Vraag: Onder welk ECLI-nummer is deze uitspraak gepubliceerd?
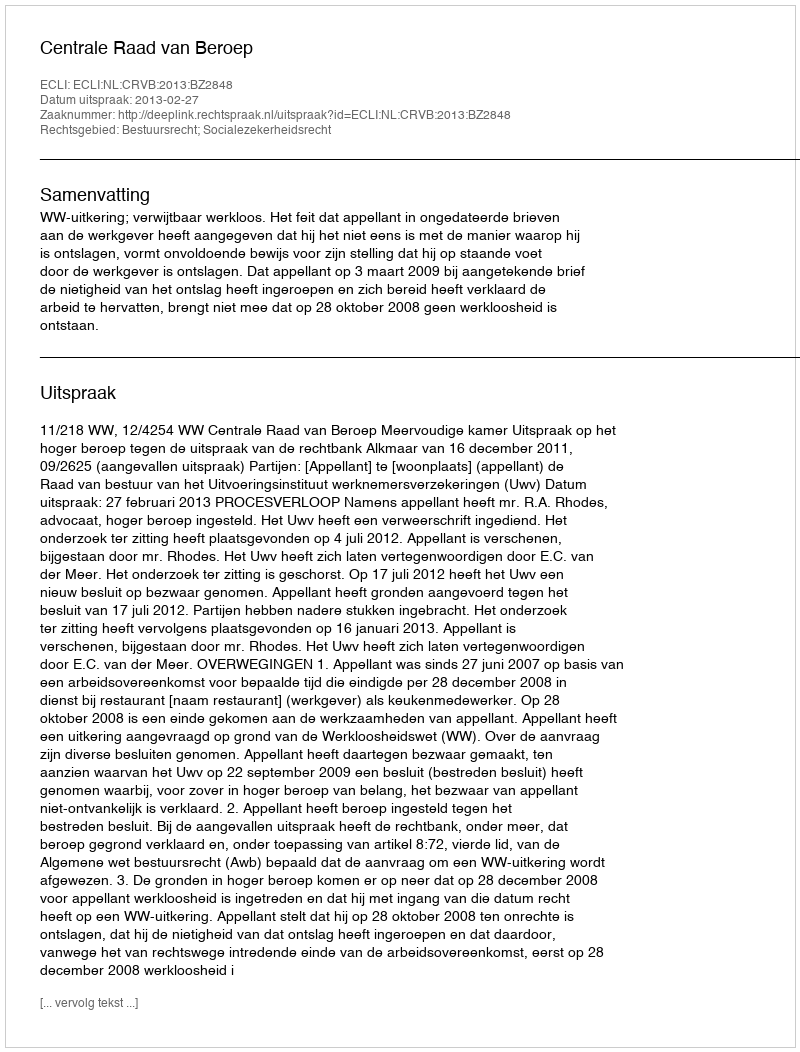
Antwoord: ECLI:NL:CRVB:2013:BZ2848